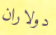
دولاران